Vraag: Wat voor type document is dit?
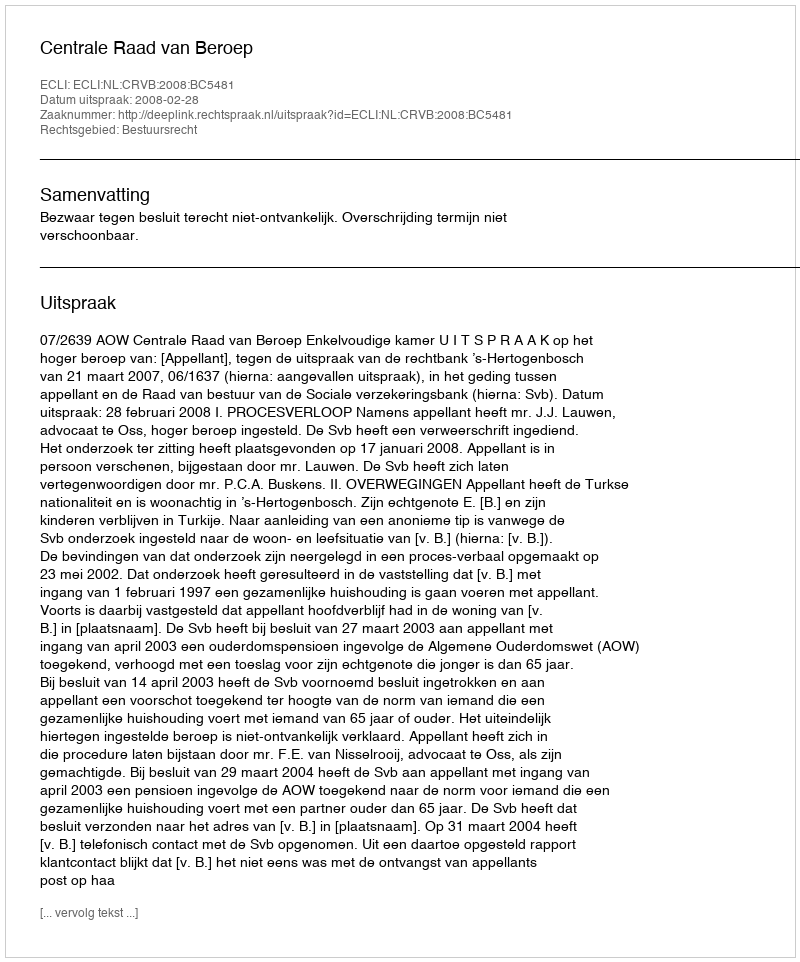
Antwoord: Uitspraak